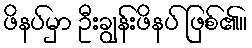
ဖိနပ်မှာ ဦးချွန်းဖိနပ် ဖြစ်၏။